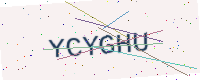
Text: YCYGHU